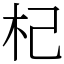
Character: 杞